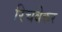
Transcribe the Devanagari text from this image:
रिचबेकर